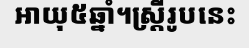
អាយុ៥ឆ្នាំ។ស្ត្រីរូបនេះ